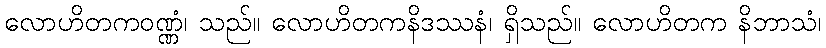
လောဟိတကဝဏ္ဏံ၊ သည်။ လောဟိတကနိဒဿနံ၊ ရှိသည်။ လောဟိတက နိဘာသံ၊